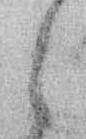
し